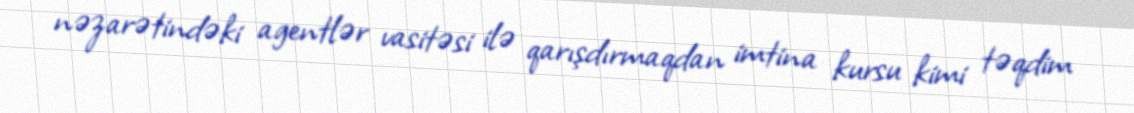
nəzarətindəki agentlər vasitəsi ilə qarışdırmaqdan imtina kursu kimi təqdim